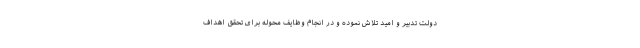
دولت تدبیر و امید تلاش نموده و در انجام وظایف محوله برای تحقق اهداف